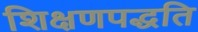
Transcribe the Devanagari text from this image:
शिक्षणपद्धति